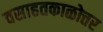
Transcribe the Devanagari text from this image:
वसाहतकाळोत्तर